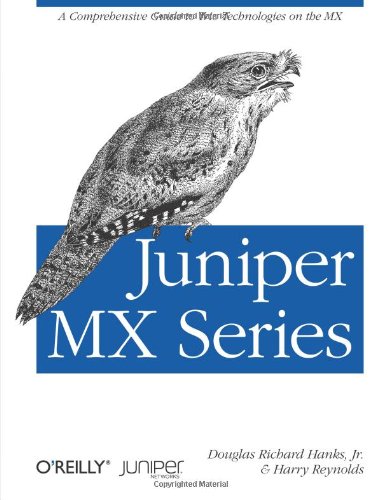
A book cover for Juniper MX Series; Douglas Richard, Jr. Hanks; Computers & Technology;